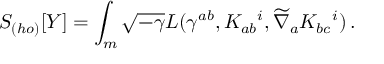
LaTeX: S _ { ( h o ) } [ Y ] = \int _ { m } \sqrt { - \gamma } L ( \gamma ^ { a b } , K _ { a b } { } ^ { i } , \widetilde \nabla _ { a } K _ { b c } { } ^ { i } ) \, .